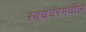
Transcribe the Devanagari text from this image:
स्वयंवरमधील